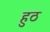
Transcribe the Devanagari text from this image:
हुठ